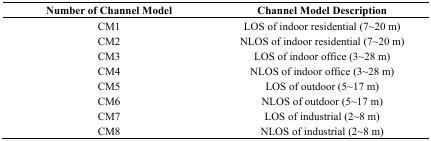
<table><thead><tr><td><b>Number of Channel Model</b></td><td><b>Channel Model Description</b></td></tr></thead><tbody><tr><td>CM1</td><td>LOS of indoor residential (7~20 m)</td></tr><tr><td>CM2</td><td>NLOS of indoor residential (7~20 m)</td></tr><tr><td>CM3</td><td>LOS of indoor office (3~28 m)</td></tr><tr><td>CM4</td><td>NLOS of indoor office (3~28 m)</td></tr><tr><td>CM5</td><td>LOS of outdoor (5~17 m)</td></tr><tr><td>CM6</td><td>NLOS of outdoor (5~17 m)</td></tr><tr><td>CM7</td><td>LOS of industrial (2~8 m)</td></tr><tr><td>CM8</td><td>NLOS of industrial (2~8 m)</td></tr></tbody></table>